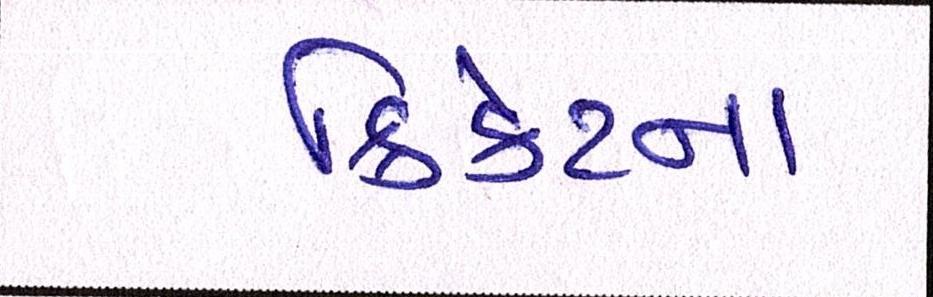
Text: ક્રિકેટના